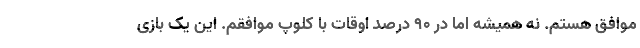
موافق هستم. نه همیشه اما در 90 درصد اوقات با کلوپ موافقم. این یک بازی